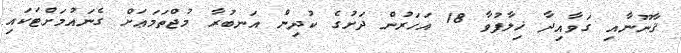
ޤާނޫނާއި ގަވާއިދާ ޚިލާފުވާ 18 އަހަރުން ދަށުގެ ކުދިން އަނބުރާ މުޖްތަމަޢަށް ގެނައުމަށްޓަކައި